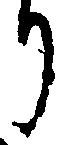
り